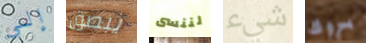
إلى يبصق لننسى شيء بروك